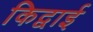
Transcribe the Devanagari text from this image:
किद्वाई